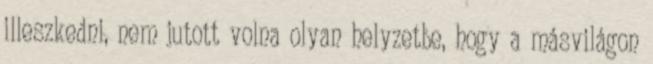
illeszkedni, nem jutott volna olyan helyzetbe, hogy a másvilágon